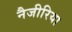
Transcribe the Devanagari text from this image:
नैजीरिया